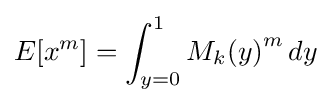
E[x^{m}]=\int _{y=0}^{1}{M_{k}(y)}^{m}\,dy